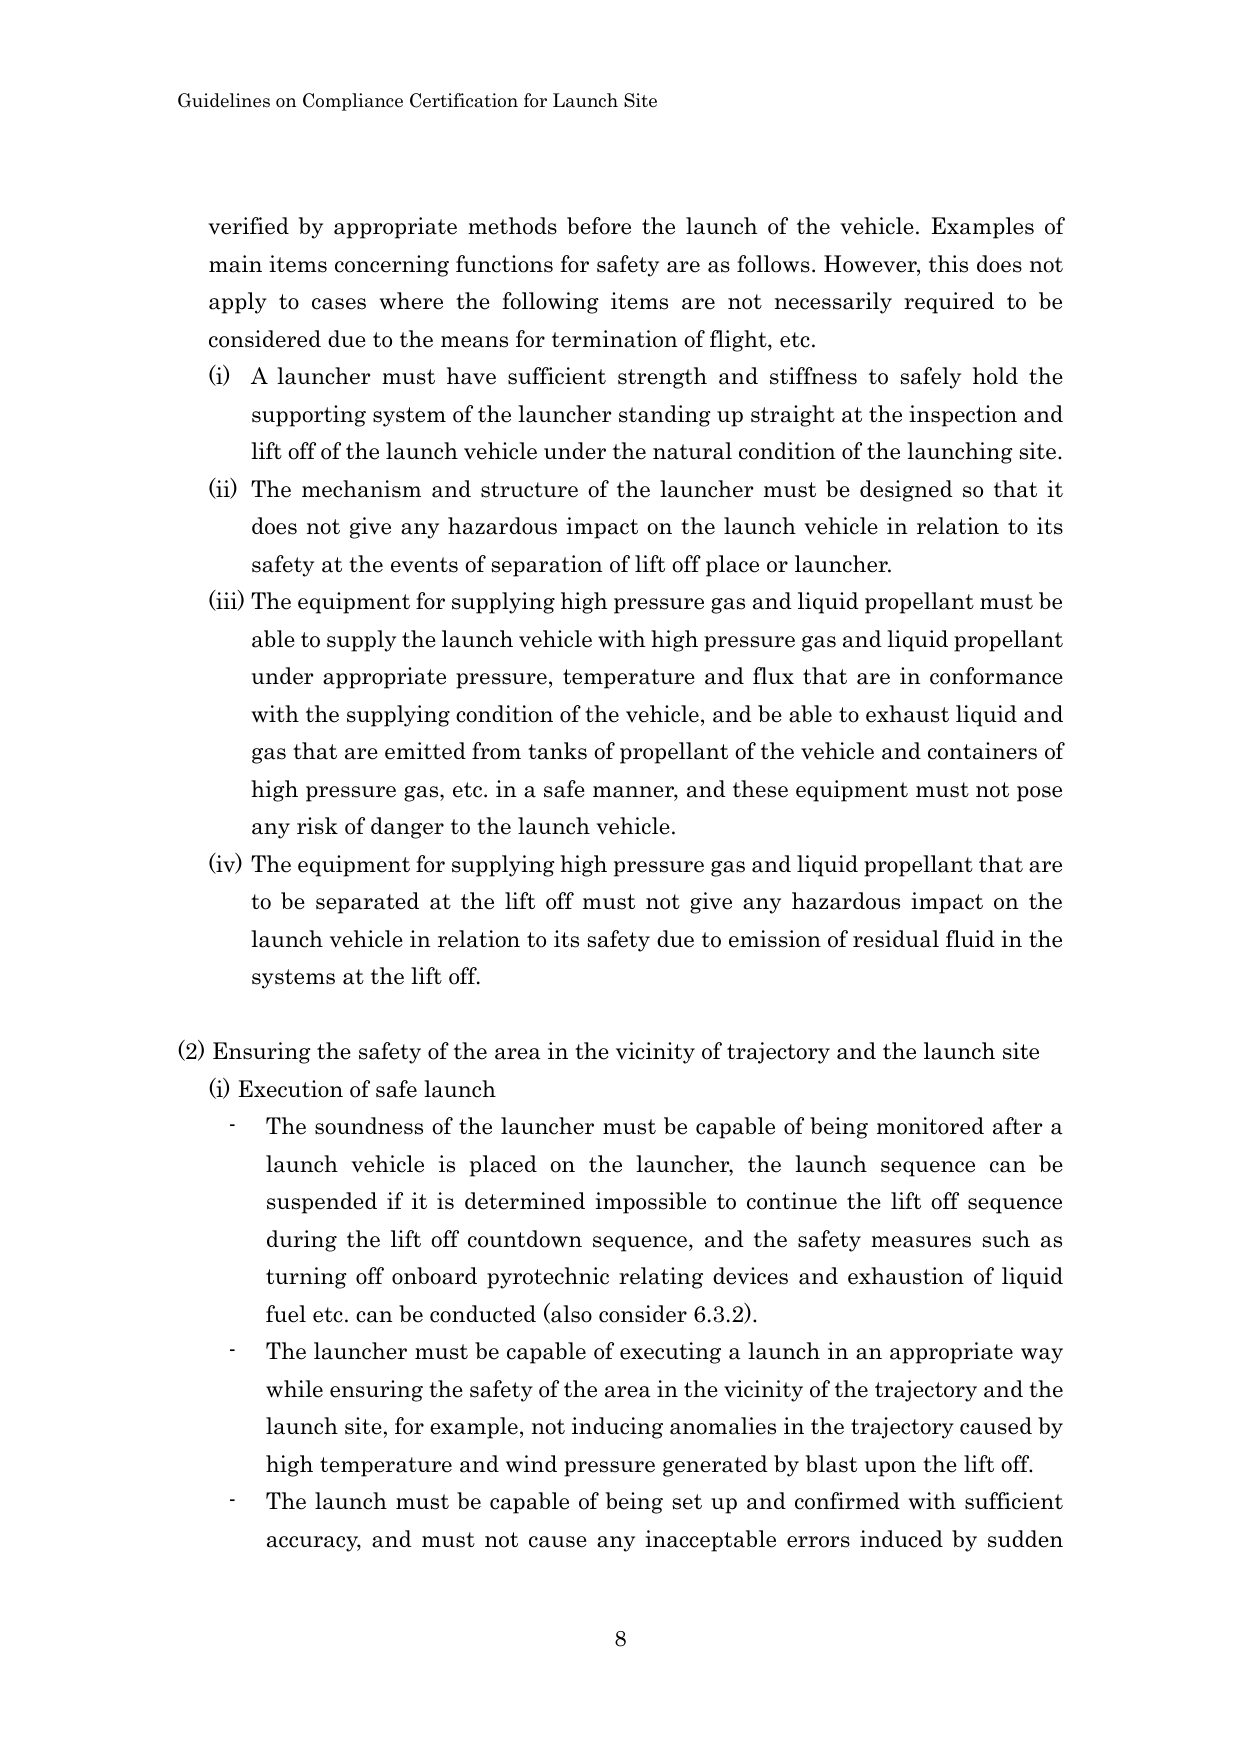
Guidelines on Compliance Certification for Launch Site

verified by appropriate methods before the launch of the vehicle. Examples of main items concerning functions for safety are as follows. However, this does not apply to cases where the following items are not necessarily required to be considered due to the means for termination of flight, etc.

(i) A launcher must have sufficient strength and stiffness to safely hold the supporting system of the launcher standing up straight at the inspection and lift off of the launch vehicle under the natural condition of the launching site.

(ii) The mechanism and structure of the launcher must be designed so that it does not give any hazardous impact on the launch vehicle in relation to its safety at the events of separation of lift off place or launcher.

(iii) The equipment for supplying high pressure gas and liquid propellant must be able to supply the launch vehicle with high pressure gas and liquid propellant under appropriate pressure, temperature and flux that are in conformance with the supplying condition of the vehicle, and be able to exhaust liquid and gas that are emitted from tanks of propellant of the vehicle and containers of high pressure gas, etc. in a safe manner, and these equipment must not pose any risk of danger to the launch vehicle.

(iv) The equipment for supplying high pressure gas and liquid propellant that are to be separated at the lift off must not give any hazardous impact on the launch vehicle in relation to its safety due to emission of residual fluid in the systems at the lift off.

(2) Ensuring the safety of the area in the vicinity of trajectory and the launch site

(i) Execution of safe launch

- The soundness of the launcher must be capable of being monitored after a launch vehicle is placed on the launcher, the launch sequence can be suspended if it is determined impossible to continue the lift off sequence during the lift off countdown sequence, and the safety measures such as turning off onboard pyrotechnic relating devices and exhaustion of liquid fuel etc. can be conducted (also consider 6.3.2).

- The launcher must be capable of executing a launch in an appropriate way while ensuring the safety of the area in the vicinity of the trajectory and the launch site, for example, not inducing anomalies in the trajectory caused by high temperature and wind pressure generated by blast upon the lift off.

- The launch must be capable of being set up and confirmed with sufficient accuracy, and must not cause any unacceptable errors induced by sudden

8